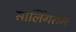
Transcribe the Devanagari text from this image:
सालिंगराम